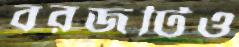
বরজটিও